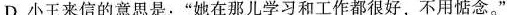
D.小王来信的意思是：”她在那儿学习和工作都很好，不用惦念。”